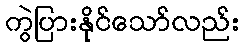
ကွဲပြားနိုင်သော်လည်း